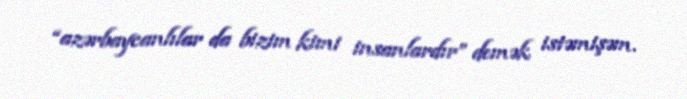
“azərbaycanlılar da bizim kimi insanlardır” demək istəmişəm.